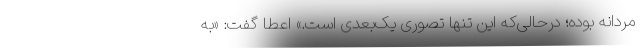
مردانه بوده؛ درحالی‌که این تنها تصوری یک‌بعدی است.» اعطا گفت: «به